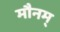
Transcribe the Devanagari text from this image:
मौनम्‌